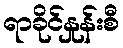
ရာခိုင်နှုန်းစီ